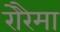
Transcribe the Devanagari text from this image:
रोरैमा